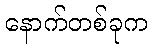
နောက်တစ်ခုက